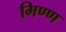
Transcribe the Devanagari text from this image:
मिण्ण